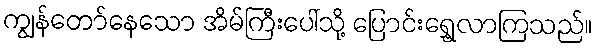
ကျွန်တော်နေသော အိမ်ကြီးပေါ်သို့ ပြောင်းရွှေ့လာကြသည်။